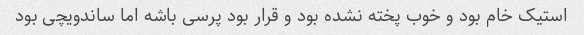
استیک خام بود و خوب پخته نشده بود و قرار بود پرسی باشه اما ساندویچی بود